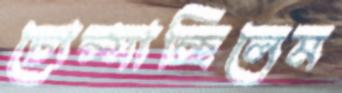
চোপ্‌সাচ্ছিলেম